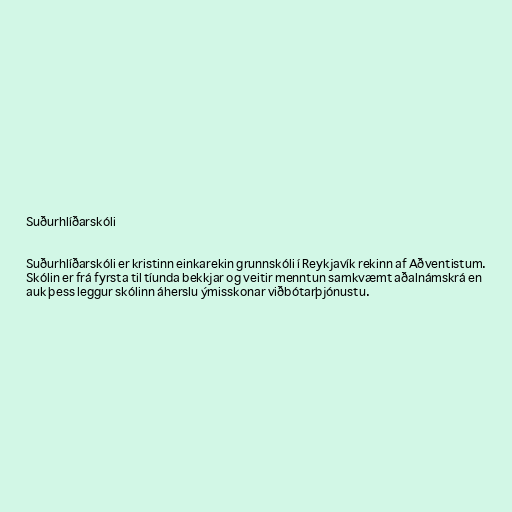
Suðurhlíðarskóli

Suðurhlíðarskóli er kristinn einkarekin grunnskóli í Reykjavík rekinn af Aðventistum.
Skólin er frá fyrsta til tíunda bekkjar og veitir menntun samkvæmt aðalnámskrá en
auk þess leggur skólinn áherslu ýmisskonar viðbótarþjónustu.